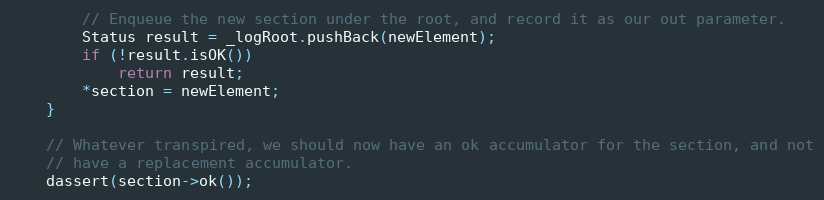
Language: C++
        // Enqueue the new section under the root, and record it as our out parameter.
        Status result = _logRoot.pushBack(newElement);
        if (!result.isOK())
            return result;
        *section = newElement;
    }

    // Whatever transpired, we should now have an ok accumulator for the section, and not
    // have a replacement accumulator.
    dassert(section->ok());